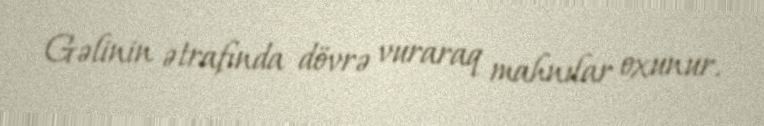
Gəlinin ətrafında dövrə vuraraq mahnılar oxunur.